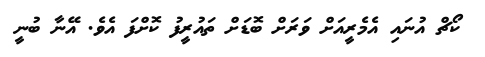
ކޯޗް އުނައި އެމެރީއަށް ވަރަށް ބޮޑަށް ތައުރީފު ކޮށްފަ އެވެ. އޭނާ ބުނީ